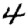
Digit: 4